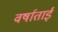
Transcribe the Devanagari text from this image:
वर्षाताई